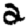
Digit: 2